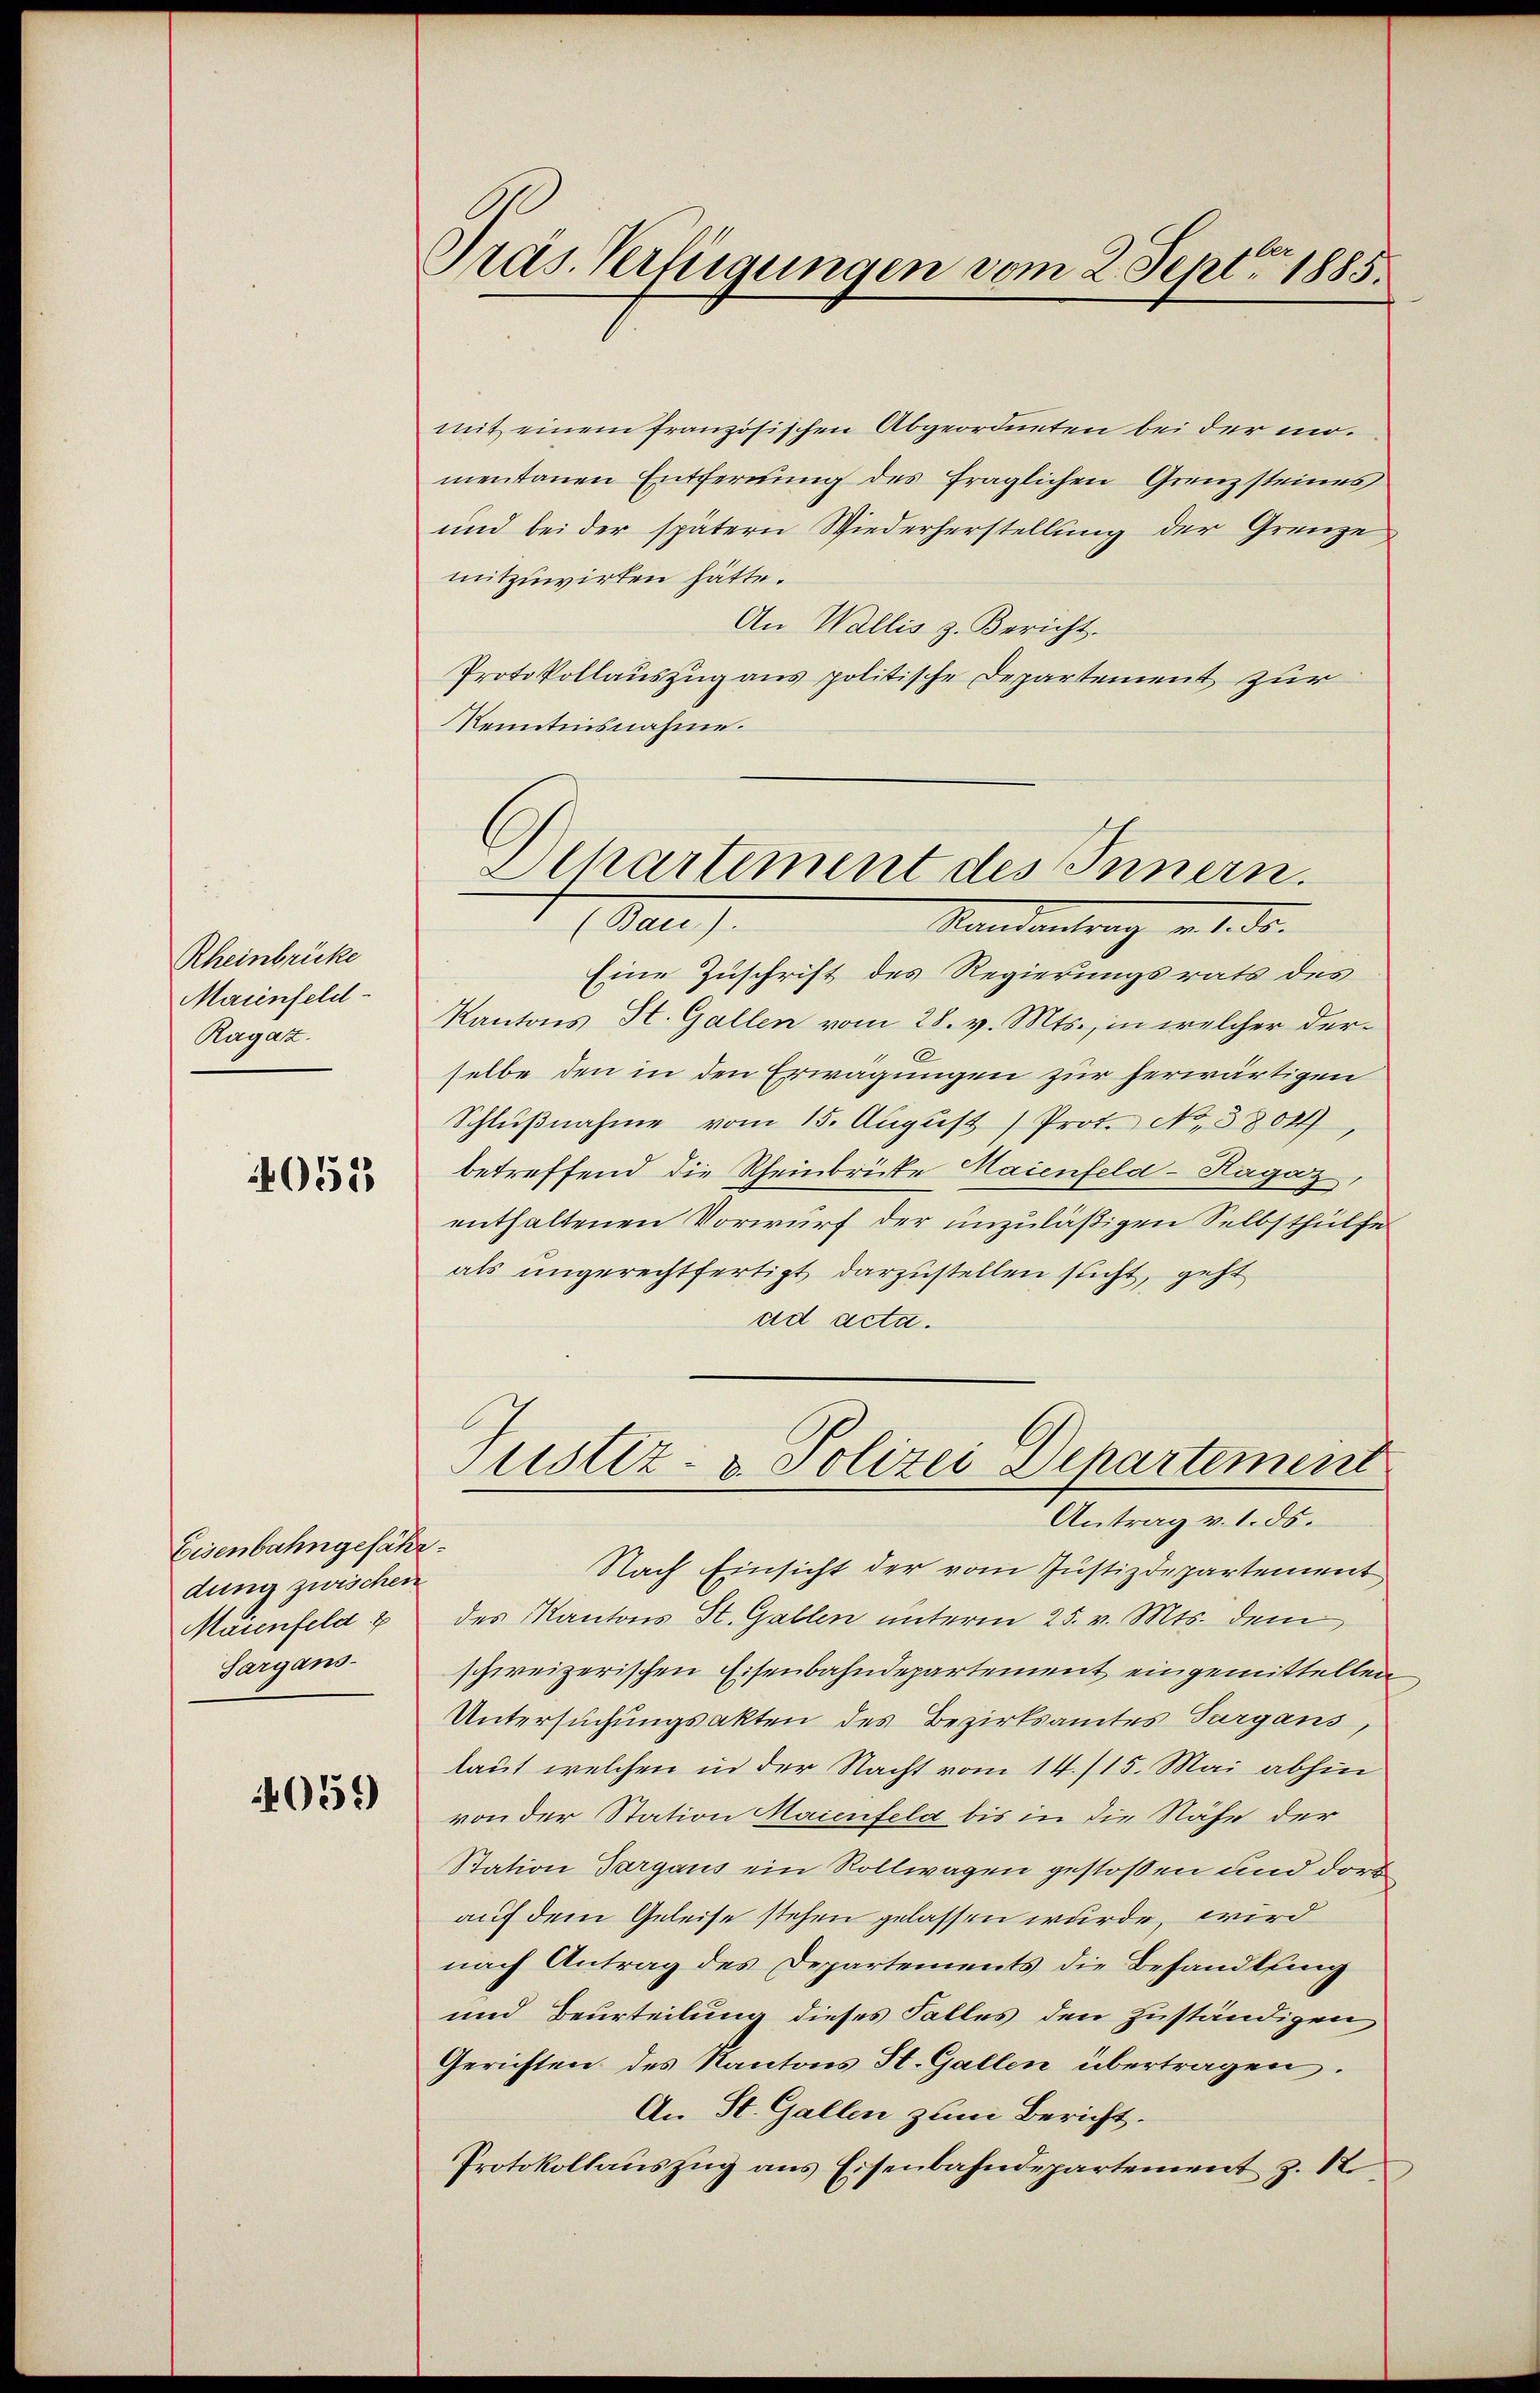
Rheinbrücke
Maienfeld.
Ragatz.

4052

Eisenbahngefährdung zwischen
Maienfeld. 7
Sargans-

4051)

Präs. Verfügungen vom 2. Sept. 1885.

mit einem französischen Abgeordneten bei der momentanen Entfernung des fraglichen Grenzsteines
und bei der spätern Wiederherstellung der Grenze
mitzuwirken hätte.
An Wallis z. Bericht.
Protokollauszug aus politische Departement zur
Kenntnisnahme.
Mandantrag v. 1. ds.
Eine Zuschrift des Regierungsrats des
Kantons St. Gallen vom 28. v. Mts., in welcher derselbe den in den Erwägungen zur herwärtigen
Schlŭβnahme vom 15. Aŭgŭst Prot. No. 3804,
betreffend die Rheinbrücke Maienfeld- Ragaz,
enthaltenen Vorwurf der unzuläßigen Selbsthülfe
als ungerechtfertigt darzustellen sucht, geht
ad acta.
Justiz- u. Polizei Departement
Antrag v. 1. ds.
Nach Einsicht der vom Justizdepartement
des Kantons St. Gallen unterm 25. v. Mts. dem
schweizerischen Eisenbahndepartement eingemittelten
Untersuchungsakten des Bezirksamtes Sargans,
laut welchen in der Nacht vom 14./15. Mai abhin
von der Station Maienfeld bis in die Nähe der
Station dargaus ein Rollwagen gestossen und dort
auf dem Geleise stehen gelassen wurde, wird
nach Antrag des Departements die Behandlung
und Beurteilung dieses Falles den zuständigen
Gerichten des Kantons St. Gallen übertragen.
An St. Gallen zum Bericht.
Protokollaŭszŭg ans Eisenbahndepartement z. 12

Dchartement des Innern.
Ma).